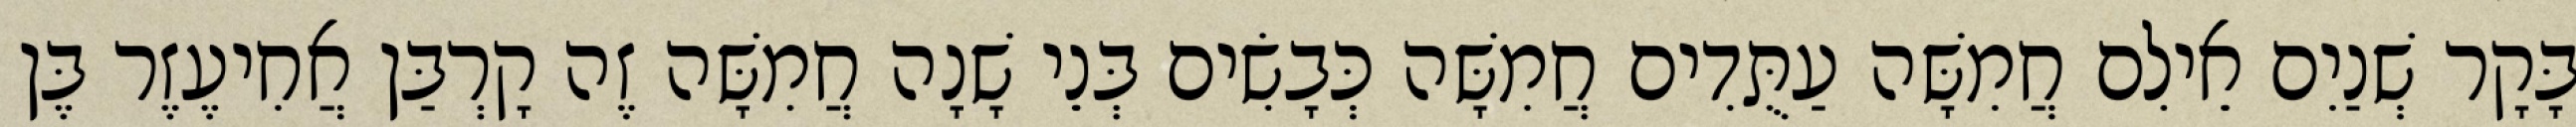
בָּקָר שְׁנַיִם אֵילִם חֲמִשָּׁה עַתֻּדִים חֲמִשָּׁה כְּבָשִׂים בְּנֵי שָׁנָה חֲמִשָּׁה זֶה קָרְבַּן אֲחִיעֶזֶר בֶּן